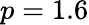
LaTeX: p=1.6